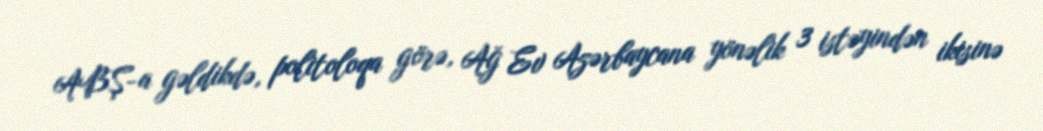
ABŞ-a gəldikdə, politoloqa görə, Ağ Ev Azərbaycana yönəlik 3 istəyindən ikisinə